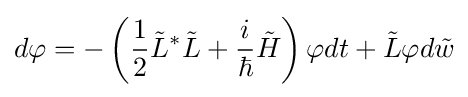
d\varphi =-\left({\frac {1}{2}}{\tilde {L}}^{\ast }{\tilde {L}}+{\frac {i}{\hbar }}{\tilde {H}}\right)\varphi dt+{\tilde {L}}\varphi d{\tilde {w}}